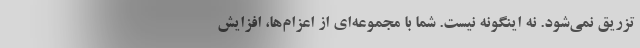
تزریق نمی‌شود. نه اینگونه نیست. شما با مجموعه‌ای از اعزام‌ها، افزایش